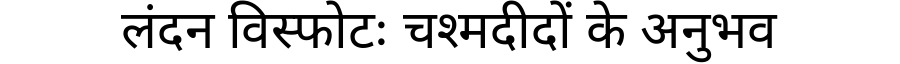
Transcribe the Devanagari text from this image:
लंदन विस्फोटः चश्मदीदों के अनुभव